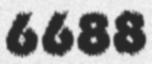
6688